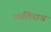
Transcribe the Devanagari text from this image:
शालिनाथ